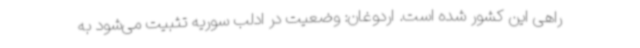
راهی این کشور شده است. اردوغان: وضعیت در ادلب سوریه تثبیت می‌شود به